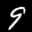
Label: 9